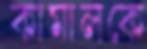
কামালকে